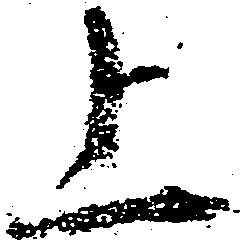
上